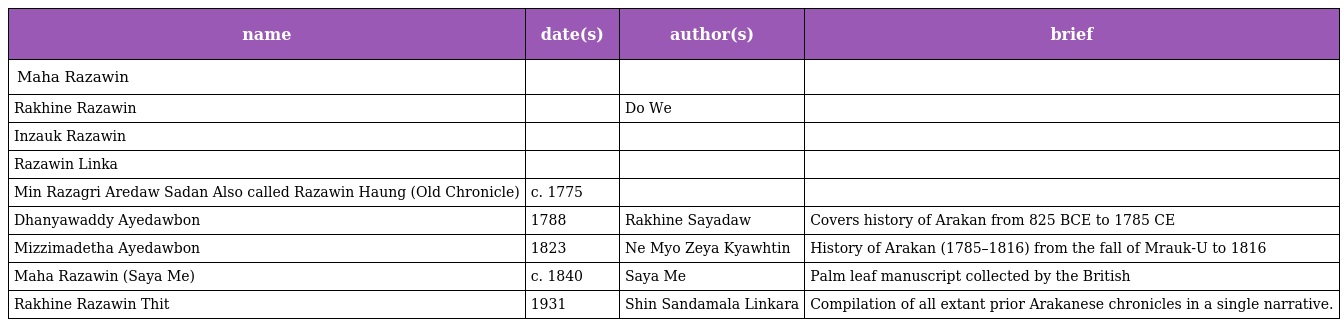
| name | date(s) | author(s) | brief |
 | --- | --- | --- | --- |
 | Maha Razawin |  |  |  |
 | Rakhine Razawin |  | Do We |  |
 | Inzauk Razawin |  |  |  |
 | Razawin Linka |  |  |  |
 | Min Razagri Aredaw Sadan Also called Razawin Haung (Old Chronicle) | c. 1775 |  |  |
 | Dhanyawaddy Ayedawbon | 1788 | Rakhine Sayadaw | Covers history of Arakan from 825 BCE to 1785 CE |
 | Mizzimadetha Ayedawbon | 1823 | Ne Myo Zeya Kyawhtin | History of Arakan (1785–1816) from the fall of Mrauk-U to 1816 |
 | Maha Razawin (Saya Me) | c. 1840 | Saya Me | Palm leaf manuscript collected by the British |
 | Rakhine Razawin Thit | 1931 | Shin Sandamala Linkara | Compilation of all extant prior Arakanese chronicles in a single narrative. |